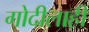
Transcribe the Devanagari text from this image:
गोदीलाही